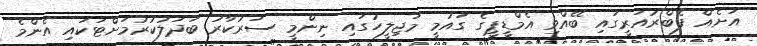
އަށެއް ފެބްރުއަރީގައި ބޭއްވި އެމްޑީޕީގެ ގައުމީ މަޖިލީހުގައި ނިންމީ ސަރުކާރު ބަދަލުކުރުމަށްޓަކައި އެންމެ